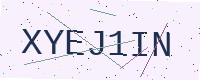
Text: XYEJ1IN